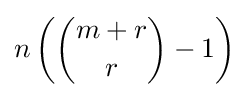
n\left({\binom {m+r}{r}}-1\right)